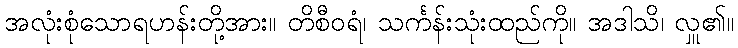
အလုံးစုံသောရဟန်းတို့အား။ တိစီဝရံ၊ သင်္ကန်းသုံးထည်ကို။ အဒါသိ၊ လှူ၏။